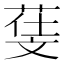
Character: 𣁙